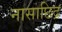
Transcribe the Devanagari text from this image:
नासाछिद्र